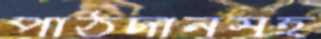
পাঠদানসহ